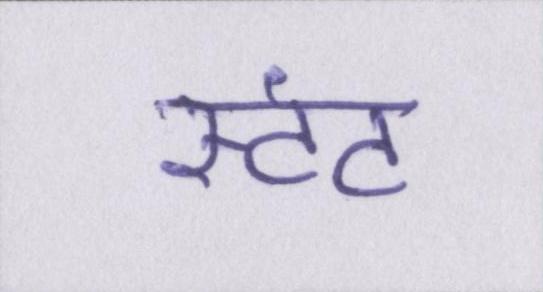
स्टंट